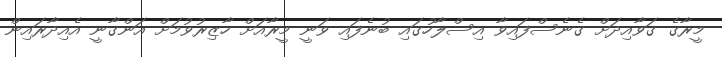
މީރާގެ ގަވާއިދަށް ގެނެސްފައިވާ އިސްލާހުގައި ބުނެފައި ވަނީ މީރާއަށް ހާޒިރުވުމަށް އަންގާނީ އެއިދާރައިން